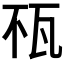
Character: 𤬭